Statistical return of the lunatic asylum in Assam - 1912-1932
Year: 1912
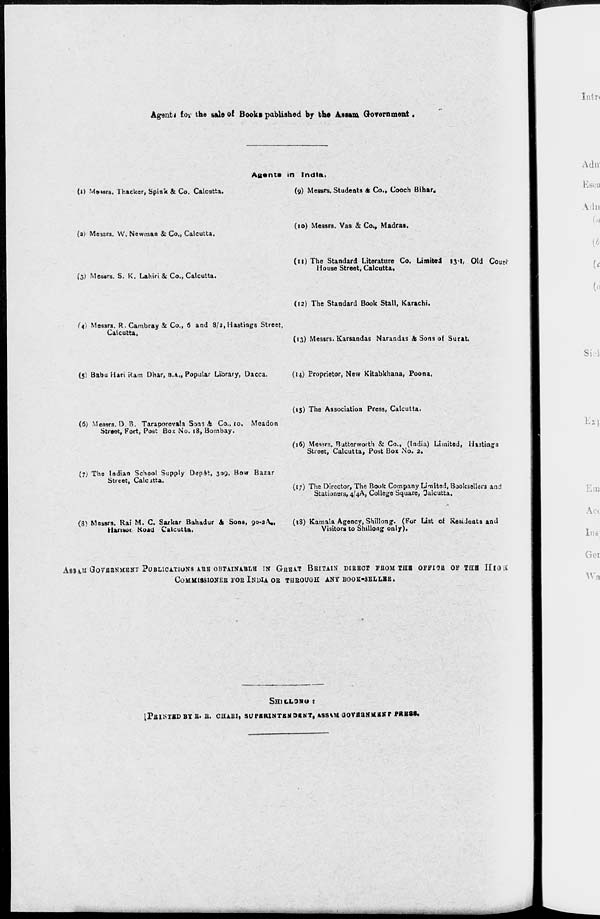
Agentt lo\- the sale of Books pablished by the Assam Government,
Agents in India,
(i) Mfrisrs. 1 hacker, Spiafc & Co. Calcutta.
(9) Messrs. Students 6 Co., Cooch Bihar.
(a) Messrs. W. Newman 8z Co., Calcutta,
(10) Messrs. Vas 81 Co., Madras.
to) Messrs. S. K. Lahiri & Co., Calcutta.
(tl) The Standard Literature Co. Limited 131, Old Courl
House Street, Calcutta,
(12) The Standard Book Stall, Karachi.
(4) Messrs. R.Cambray & Co., 6 and 8/2, Hastings Street,
Calcutta,
(13) Messrs. Karsandas Narandas & Sons of Surat.
(5) Babu Hart Ram Dhar, B.A., Popular Library, Dacca.
(14) Proprietor, New Kitabkhana, Poona,
(6; Messrs. D. B. Taraporevala Som <fe Co., 10. Meadon
Street, Fort, Post Box No. 18, Bombay.
(15) The Association Press, Calcutta.
(16) Messrs. Butterworth & Co., (India) Limited, Hutiags
Street, Calcutta, Post Box No. 2.
(7} The Indian School Supply Dep&t, 309, Bow Bazar
Street, Calcutta.
(17) The Director, The Book Company Limited, Booksellers and
Stationers, 4/4A, College Square, Calcutta.
(3> Messrs. Rai M. C. Sarkar Bahadur & Sons, yo-a.-V,,
(iS) Kamala Agency, Shillong. (For Liat d Residents and
Harisot Koad Calcutta.
Visitors to Shillong only).
ASSAM GOVERNMENT PUBLICATIONS ABB OBTAINABLB IN G-HBAT BBITAIN DIEBOT? FBOM THB OFFISB OF TUB III<J£
CoMMIBSIONEB FOB JLN DIA OB THROUGH ANY BOOK-3ELLHB.
SH1LL3NUt
LPBINTBDBYB. B. CHABI, SUPERINTENDENT, ASS \M UOVEUN HUNT PR BBS.